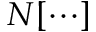
N [ \cdots ]